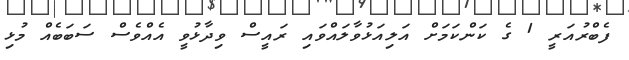
ފެބްރުއަރީ 1 ގެ ކަންކަމަށް އަލިއަޅުވާލައްވައި ރައީސް ވިދާޅުވީ އެއްވެސް ސަބަބެއް މުޅި